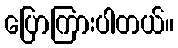
ပြောကြားပါတယ်။